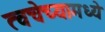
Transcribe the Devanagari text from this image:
त्वचेच्यामध्ये